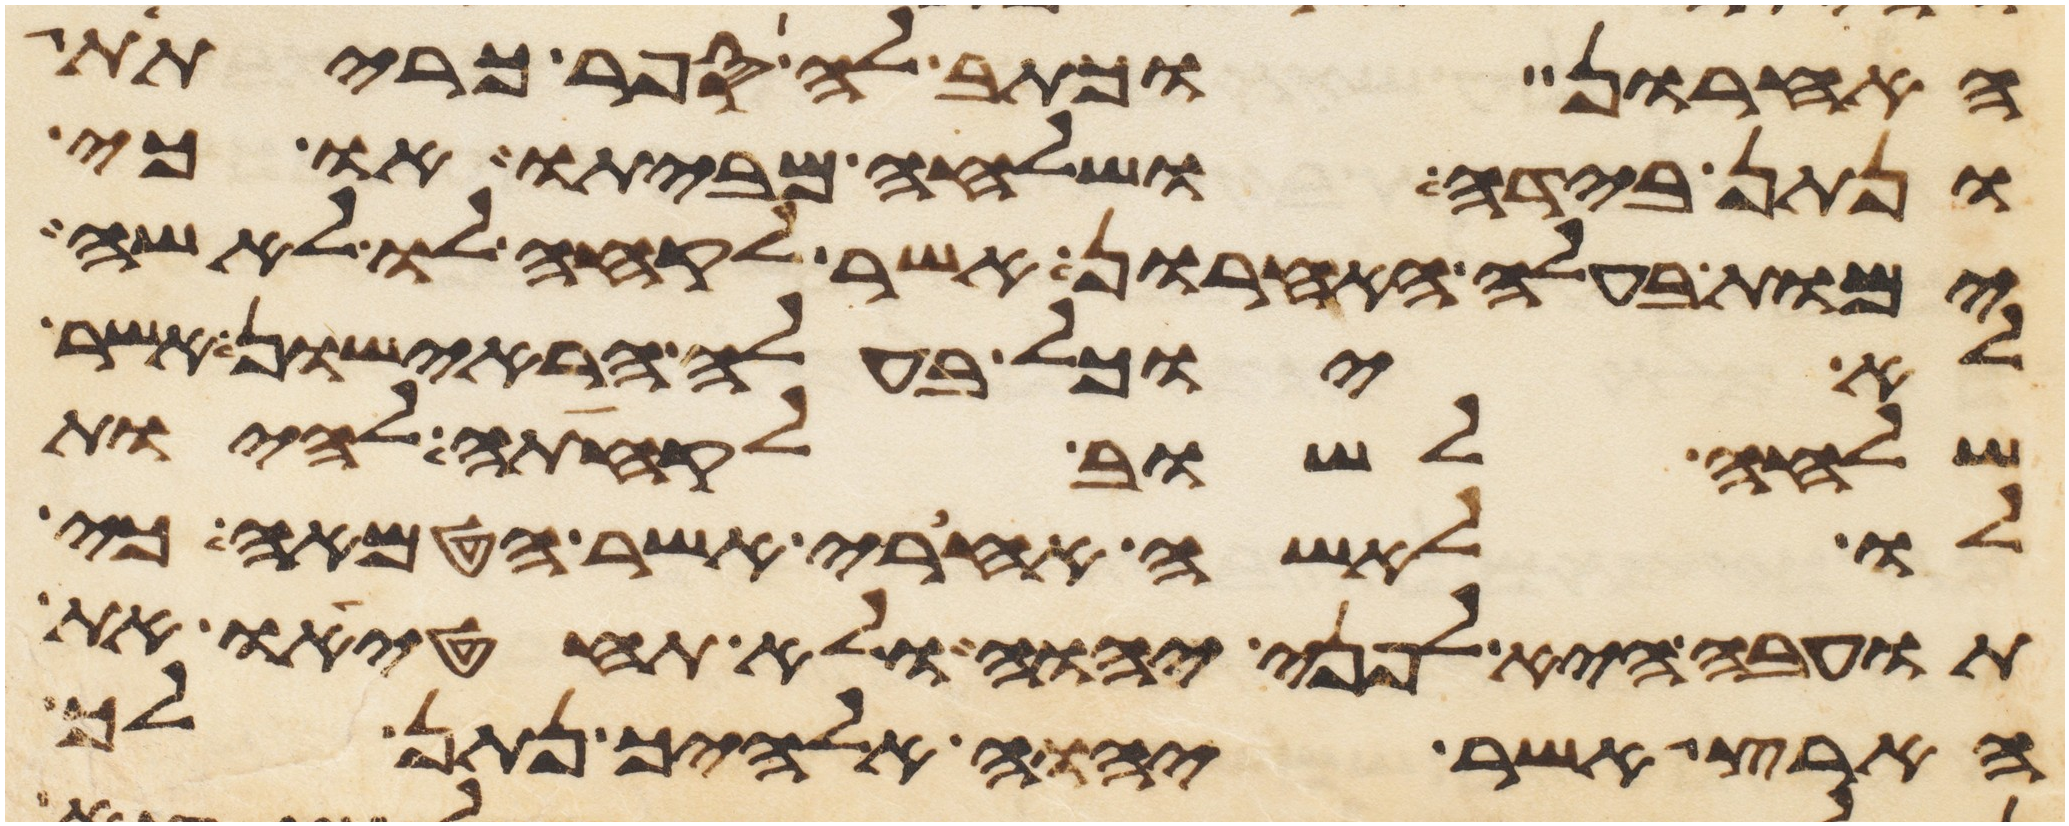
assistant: האחרון וכתב לה ספר כריתת
ונתן בידה ושלחה מביתו או כי
ימות בעלה האחרון אשר לקחה לו לאשה
לא יוכל בעלה הראישון אשר
שלחה לשוב לקחתה להיות
לו לאשה אחרי אשר הטמאה כי
תועבה היא לפני יהוה ולא תחטיאו את
הארץ אשר יהוה אלהיך נתן לך